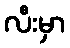
လီးမှာ